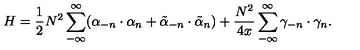
H = \frac { 1 } { 2 } N ^ { 2 } \sum _ { - \infty } ^ { \infty } ( \alpha _ { - n } \cdot \alpha _ { n } + \tilde { \alpha } _ { - n } \cdot \tilde { \alpha } _ { n } ) + \frac { N ^ { 2 } } { 4 x } \sum _ { - \infty } ^ { \infty } \gamma _ { - n } \cdot \gamma _ { n } .